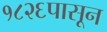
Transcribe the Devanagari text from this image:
१८२६पासून